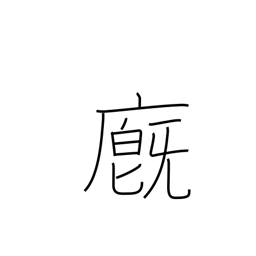
Meaning: barn